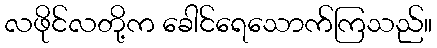
လဖိုင်လတို့က ခေါင်ရေသောက်ကြသည်။